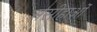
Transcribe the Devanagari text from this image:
मसीहाओं